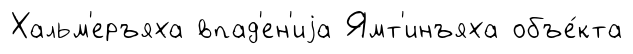
Хальм'еръяха впад'ен'иjа Ямт'инъяха объе́кта